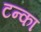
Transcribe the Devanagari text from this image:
टन्का